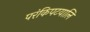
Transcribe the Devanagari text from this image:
परंकिपटयालि